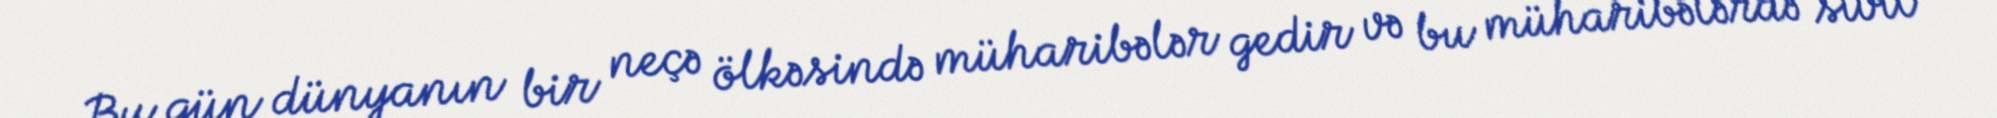
Bu gün dünyanın bir neçə ölkəsində müharibələr gedir və bu müharibələrdə sivil